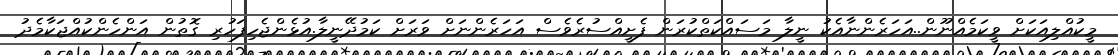
މީކުއްލިއަކަށް ވީކަމެއްނޫން..އަހަރެންނާއެކު ނީލާ މަސައްކަތްކުރަން ފެށީއްސުރެވެސް އަހަރެންނަށް ވަރަށް ކަމުދޭނީލާ.އުޅެންޖެހިފަހުރި ގޮތުން އަންހެންކުއްޖަކާމެދު